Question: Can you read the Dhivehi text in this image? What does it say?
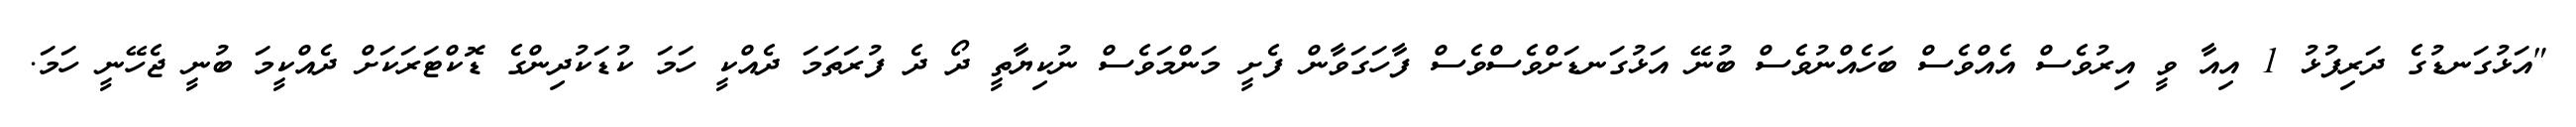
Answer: "އަޅުގަނޑުގެ ދަރިފުޅު 1 އިއާ ވީ އިރުވެސް އެއްވެސް ބަހެއްނުވެސް ބުނޭ އަޅުގަނޑަށްވެސްވެސް ފާހަގަވާން ފެށީ މަންމަވެސް ނުކިޔާތީ ދޯ ދެ ފުރަތަމަ ދެއްކީ ހަމަ ކުޑަކުދިންގެ ޑޮކްޓަރަކަށް ދެއްކީމަ ބުނީ ޖެހޭނީ ހަމަ.